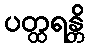
ပတ္ထရန္တိ